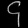
Digit: ၄